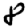
Digit: 8